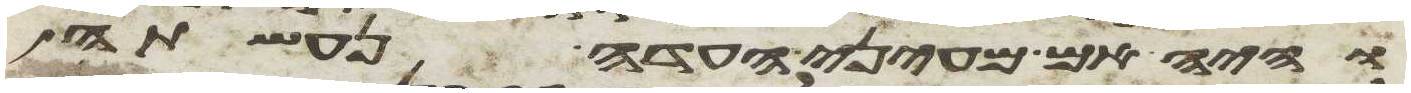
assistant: והיה אם מעיני העדה נעשתה